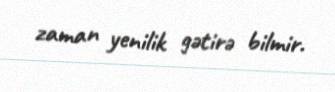
zaman yenilik gətirə bilmir.